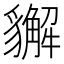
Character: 𧴛